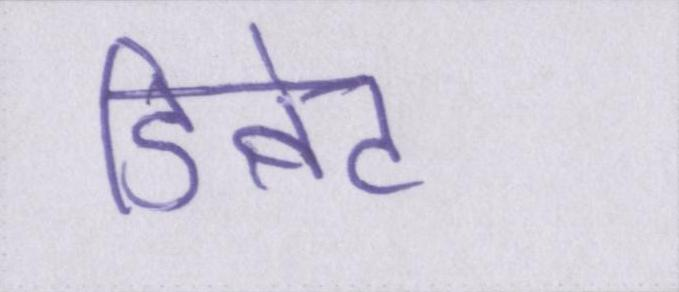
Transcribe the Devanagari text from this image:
डिबेट